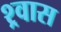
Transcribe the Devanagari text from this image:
श्र्वास